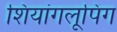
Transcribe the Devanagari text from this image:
शियांगलूपिंग